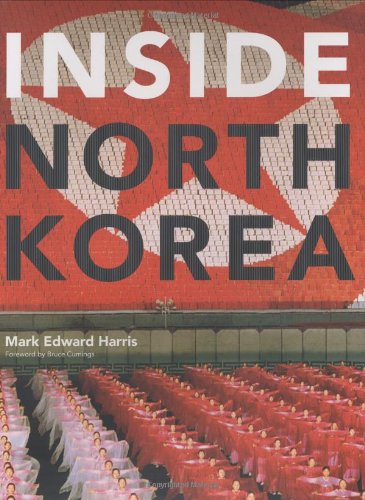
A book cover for Inside North Korea; Mark Edward Harris; Travel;